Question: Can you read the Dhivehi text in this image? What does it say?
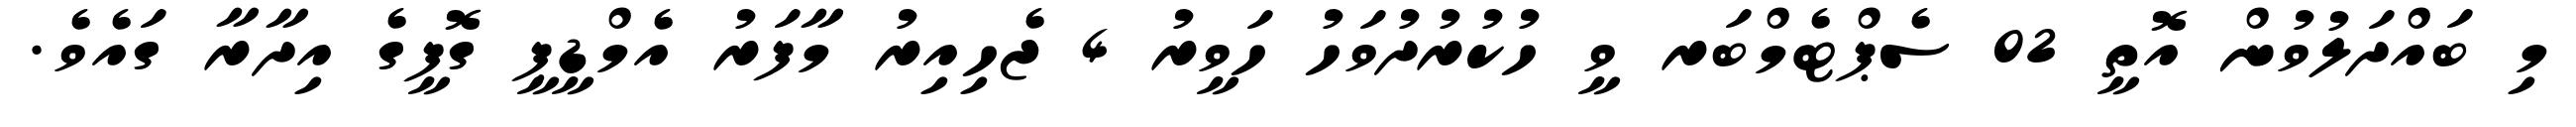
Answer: މި ބައްދަލުވުން އޮތީ 02 ސެޕްޓެމްބަރ ވީ ހުކުރުދުވަހު ހަވީރު 4 ޖެހިއިރު މާފަރު އެމްޑީޕީ ގޮފީގެ އިދާރާ ގައެވެ.